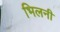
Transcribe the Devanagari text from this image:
भिलनी